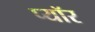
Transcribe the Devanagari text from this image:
प्यॉर